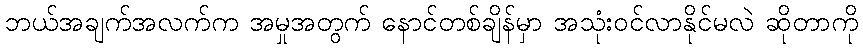
ဘယ်အချက်အလက်က အမှုအတွက် နောင်တစ်ချိန်မှာ အသုံးဝင်လာနိုင်မလဲ ဆိုတာကို